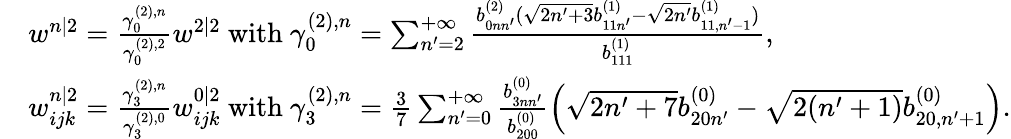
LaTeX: \begin{array}{rl}&{w^{n|2}=\frac{\gamma_{0}^{(2),n}}{\gamma_{0}^{(2),2}}w^{2|2}\mathrm{~with~}\gamma_{0}^{(2),n}=\sum_{n^{\prime}=2}^{+\infty}\frac{b_{0nn^{\prime}}^{(2)}(\sqrt{2n^{\prime}+3}b_{11n^{\prime}}^{(1)}-\sqrt{2n^{\prime}}b_{11,n^{\prime}-1}^{(1)})}{b_{111}^{(1)}},}\\ &{w_{ijk}^{n|2}=\frac{\gamma_{3}^{(2),n}}{\gamma_{3}^{(2),0}}w_{ijk}^{0|2}\mathrm{~with~}\gamma_{3}^{(2),n}=\frac{3}{7}\sum_{n^{\prime}=0}^{+\infty}\frac{b_{3nn^{\prime}}^{(0)}}{b_{200}^{(0)}}\left(\sqrt{2n^{\prime}+7}b_{20n^{\prime}}^{(0)}-\sqrt{2(n^{\prime}+1)}b_{20,n^{\prime}+1}^{(0)}\right).}\end{array}